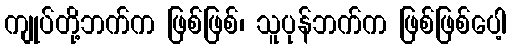
ကျုပ်တို့ဘက်က ဖြစ်ဖြစ်၊ သူပုန်ဘက်က ဖြစ်ဖြစ်ပေါ့